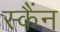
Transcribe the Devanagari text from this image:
स्कैंन